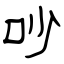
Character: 吵